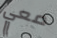
معي